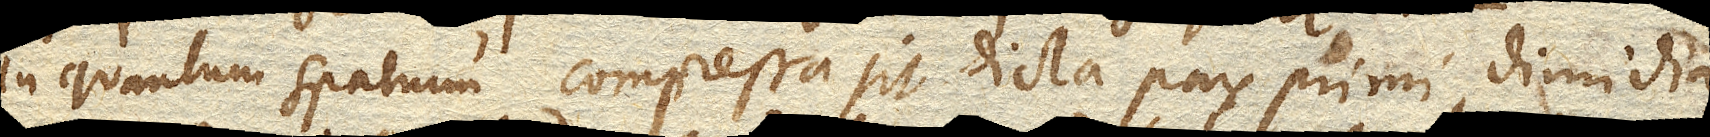
in quantum spatium compressa sit dicta pars primi, dimidia